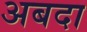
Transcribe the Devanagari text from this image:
अबदा